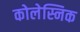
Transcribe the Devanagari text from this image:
कोलेस्निक